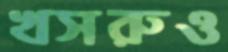
খসরুও